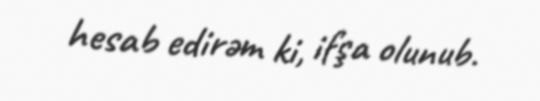
hesab edirəm ki, ifşa olunub.